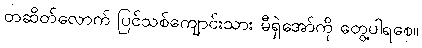
တဆိတ်လောက် ပြင်သစ်ကျောင်းသား မီရှဲအော်ကို တွေ့ပါရစေ။